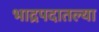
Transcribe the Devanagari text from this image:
भाद्रपदातल्या